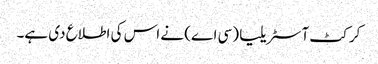
کرکٹ آسٹریلیا (سی اے) نے اس کی اطلاع دی ہے۔